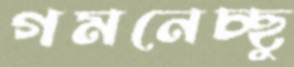
গমনেচ্ছু